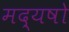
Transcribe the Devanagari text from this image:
मद्यषो